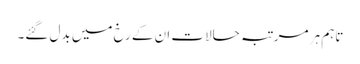
تاہم ہر مرتبہ حالات ان کے رخ میں بدل گئے۔